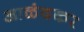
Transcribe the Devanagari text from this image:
आळंदकर